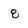
Character: 8